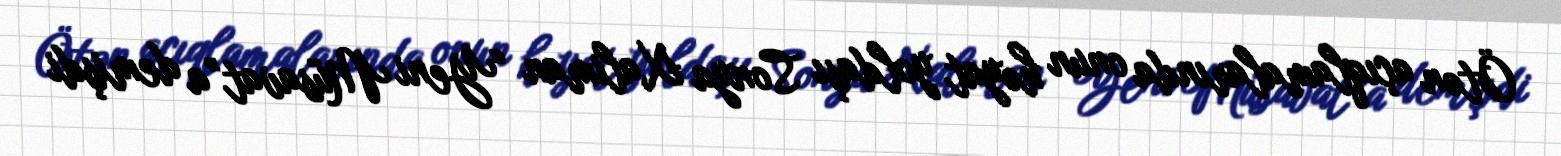
Ötən açıqlamalarında onun həyat yoldaşı Sonya Xaliman “Yeni Müsavat”a demişdi